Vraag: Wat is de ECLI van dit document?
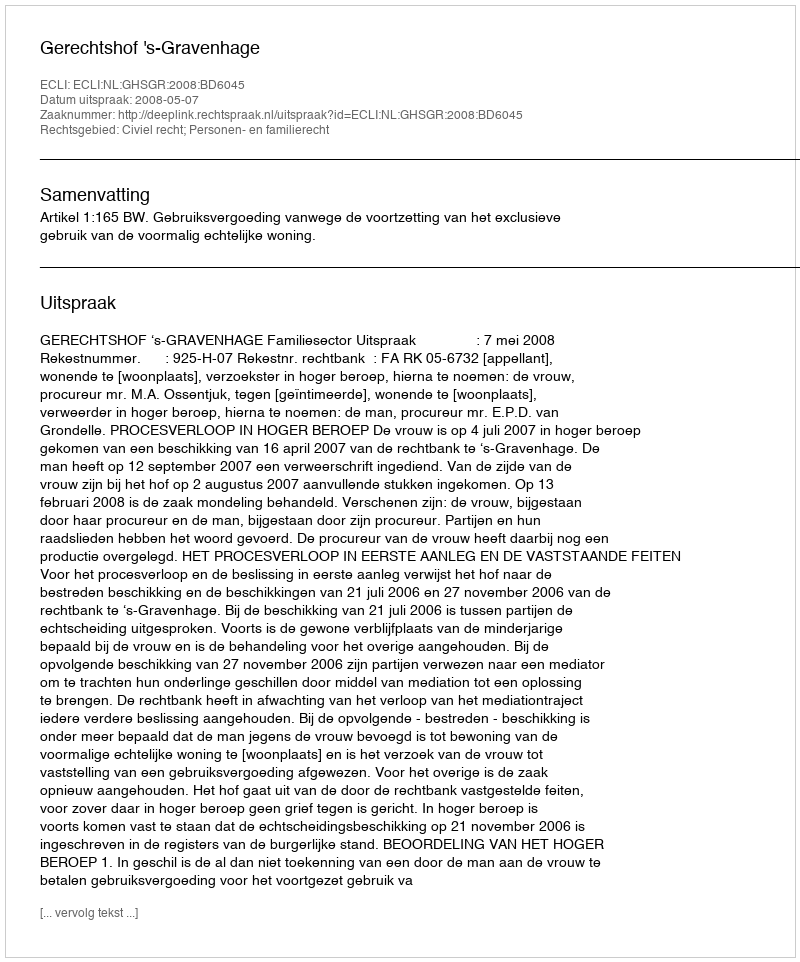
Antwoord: ECLI:NL:GHSGR:2008:BD6045